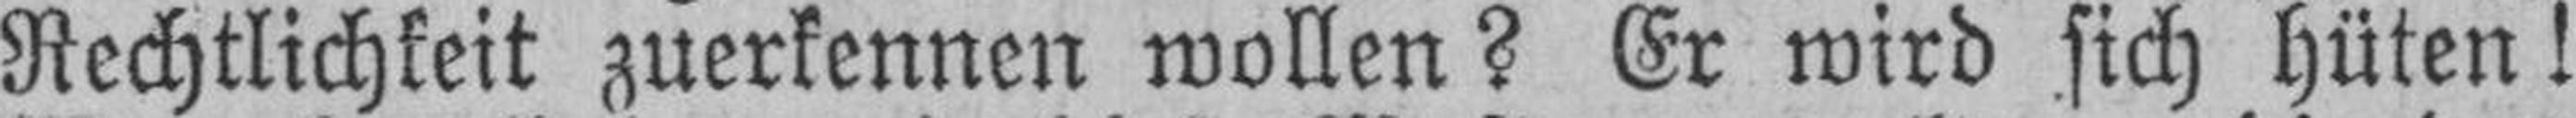
Rechtlichkeit zuerkennen wollen? Er wird sich hüten!